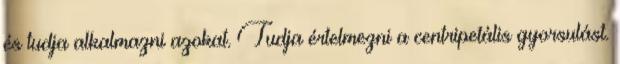
és tudja alkalmazni azokat. Tudja értelmezni a centripetális gyorsulást.